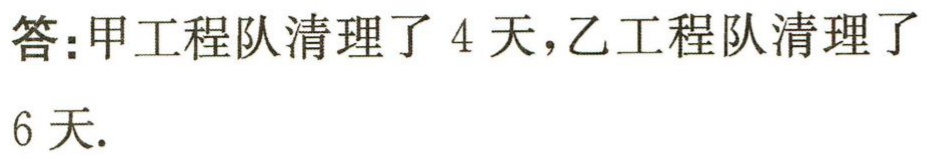
答:甲工程队清理了 4 天,乙工程队清理了

6 天.